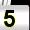
Digit: 5